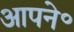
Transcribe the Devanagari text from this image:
आपने॰